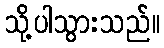
သို့ပါသွားသည်။